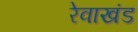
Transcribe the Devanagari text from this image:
रेवाखंड